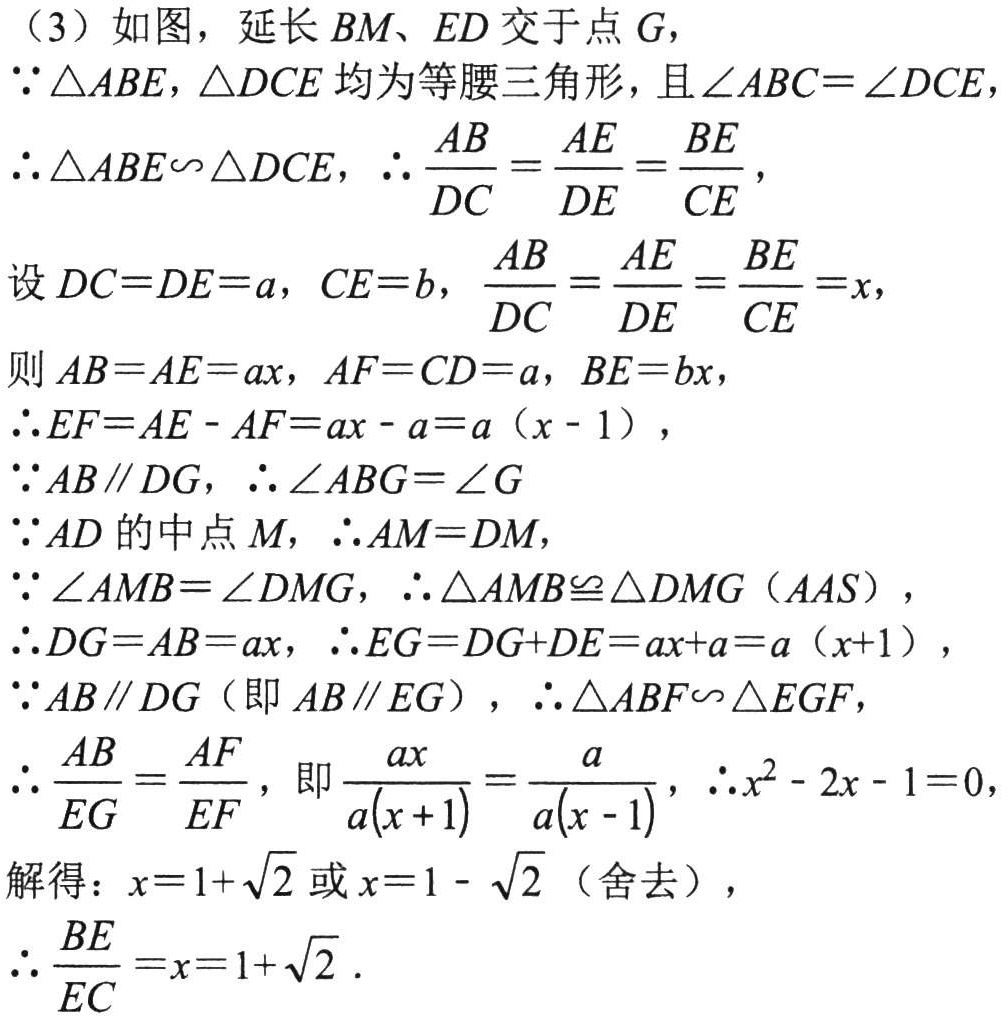
（3）如图，延长\(BM、ED\)交于点\(G\)，
\(\because\triangle ABE,\triangle DCE\)均为等腰三角形，且\(\angle ABC = \angle DCE\)
\(\therefore\triangle ABE\sim\triangle DCE\)，\(\therefore\frac{AB}{DC}=\frac{AE}{DE}=\frac{BE}{CE}\)，
设\(DC = DE = a\)，\(CE = b\)，\(\frac{AB}{DC}=\frac{AE}{DE}=\frac{BE}{CE}=x\)，
则\(AB = AE = ax\)，\(AF = CD = a\)，\(BE = bx\)，
\(\therefore EF=AE - AF=ax - a=a(x - 1)\)，
\(\because AB\parallel DG\)，\(\therefore\angle ABG=\angle G\)
\(\because AD\)的中点\(M\)，\(\therefore AM = DM\)，
\(\because\angle AMB=\angle DMG\)，\(\therefore\triangle AMB\cong\triangle DMG(AAS)\)，
\(\therefore DG = AB = ax\)，\(\therefore EG=DG + DE=ax + a=a(x + 1)\)，
\(\because AB\parallel DG\)（即\(AB\parallel EG\)），\(\therefore\triangle ABF\sim\triangle EGF\)，
\(\therefore\frac{AB}{EG}=\frac{AF}{EF}\)，即\(\frac{ax}{a(x + 1)}=\frac{a}{a(x - 1)}\)，\(\therefore x^{2}-2x - 1 = 0\)，
解得：\(x = 1+\sqrt{2}\)或\(x = 1-\sqrt{2}\)（舍去），
\(\therefore\frac{BE}{EC}=x = 1+\sqrt{2}\)．